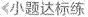
<小题达标练